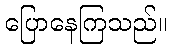
ပြောနေကြသည်။